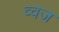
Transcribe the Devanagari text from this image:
व्वज